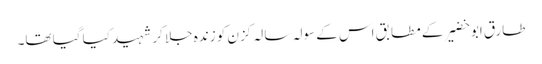
طارق ابو خضیر کے مطابق اس کے سولہ سالہ کزن کو زندہ جلا کر شہید کیا گیا تھا۔